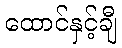
ထောင်နှင့်ချီ